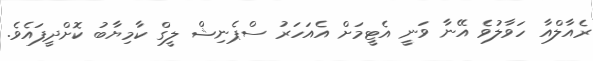
ރެއާލްއާ ހަވާލުވެ އޭނާ ވަނީ އެޓީމަށް އެއަހަރު ސްޕެނިޝް ލީގް ކާމިޔާބު ކޮށްދީފައެވެ.